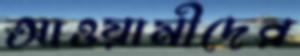
আওয়ামীদের